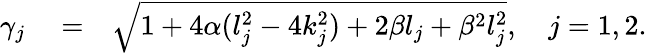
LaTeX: \begin{array}{rlr}{\gamma_{j}}&{{}=}&{\sqrt{1+4\alpha(l_{j}^{2}-4k_{j}^{2})+2\beta l_{j}+\beta^{2}l_{j}^{2}},\quad j=1,2.}\end{array}